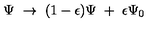
\Psi \ \to \ ( 1 - \epsilon ) \Psi \ + \ \epsilon \Psi _ { 0 }